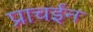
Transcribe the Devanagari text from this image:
प्राचईन